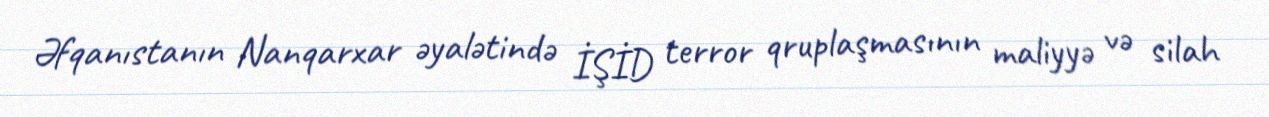
Əfqanıstanın Nanqarxar əyalətində İŞİD terror qruplaşmasının maliyyə və silah